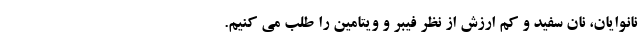
نانوایان، نان سفید و کم ارزش از نظر فیبر و ویتامین را طلب می کنیم.